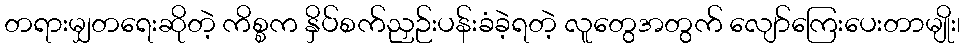
တရားမျှတရေးဆိုတဲ့ ကိစ္စက နှိပ်စက်ညှဉ်းပန်းခံခဲ့ရတဲ့ လူတွေအတွက် လျော်ကြေးပေးတာမျိုး၊